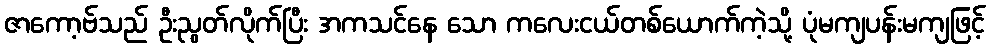
ဇာကော့ဗ်သည် ဦးညွတ်လိုက်ပြီး အကသင်နေ သော ကလေးငယ်တစ်ယောက်ကဲ့သို့ ပုံမကျပန်းမကျဖြင့်